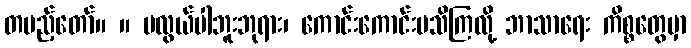
တပည့်တော်။ ။ မလွယ်ပါဘူးဘုရား၊ ကောင်းကောင်းမသိကြလို့ ဘာသာရေး ကိစ္စတွေမှာ